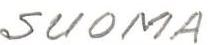
SUOMA